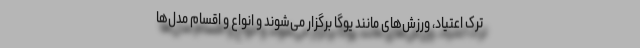
ترک اعتیاد، ورزش‌های مانند یوگا برگزار می‌شوند و انواع و اقسام مدل‌ها